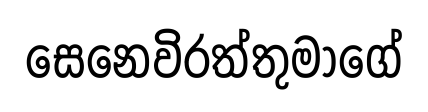
සෙනෙවිරත්තුමාගේ